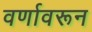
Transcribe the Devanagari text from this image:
वर्णावरून